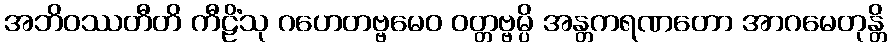
အဘိဝဿတီတိ ကီဠိံသု ဂဟေတဗ္ဗမေဝ ဝတ္တဗ္ဗမ္ပိ အန္တကရဏတော အာဂမေတုန္တိ